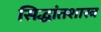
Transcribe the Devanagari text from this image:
सिद्धांतशास्त्र